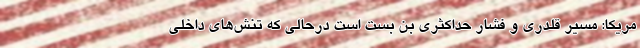
مریکا: مسیر قلدری و فشار حداکثری بن بست است درحالی که تنش‌های داخلی